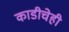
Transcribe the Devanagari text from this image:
काडीचेही